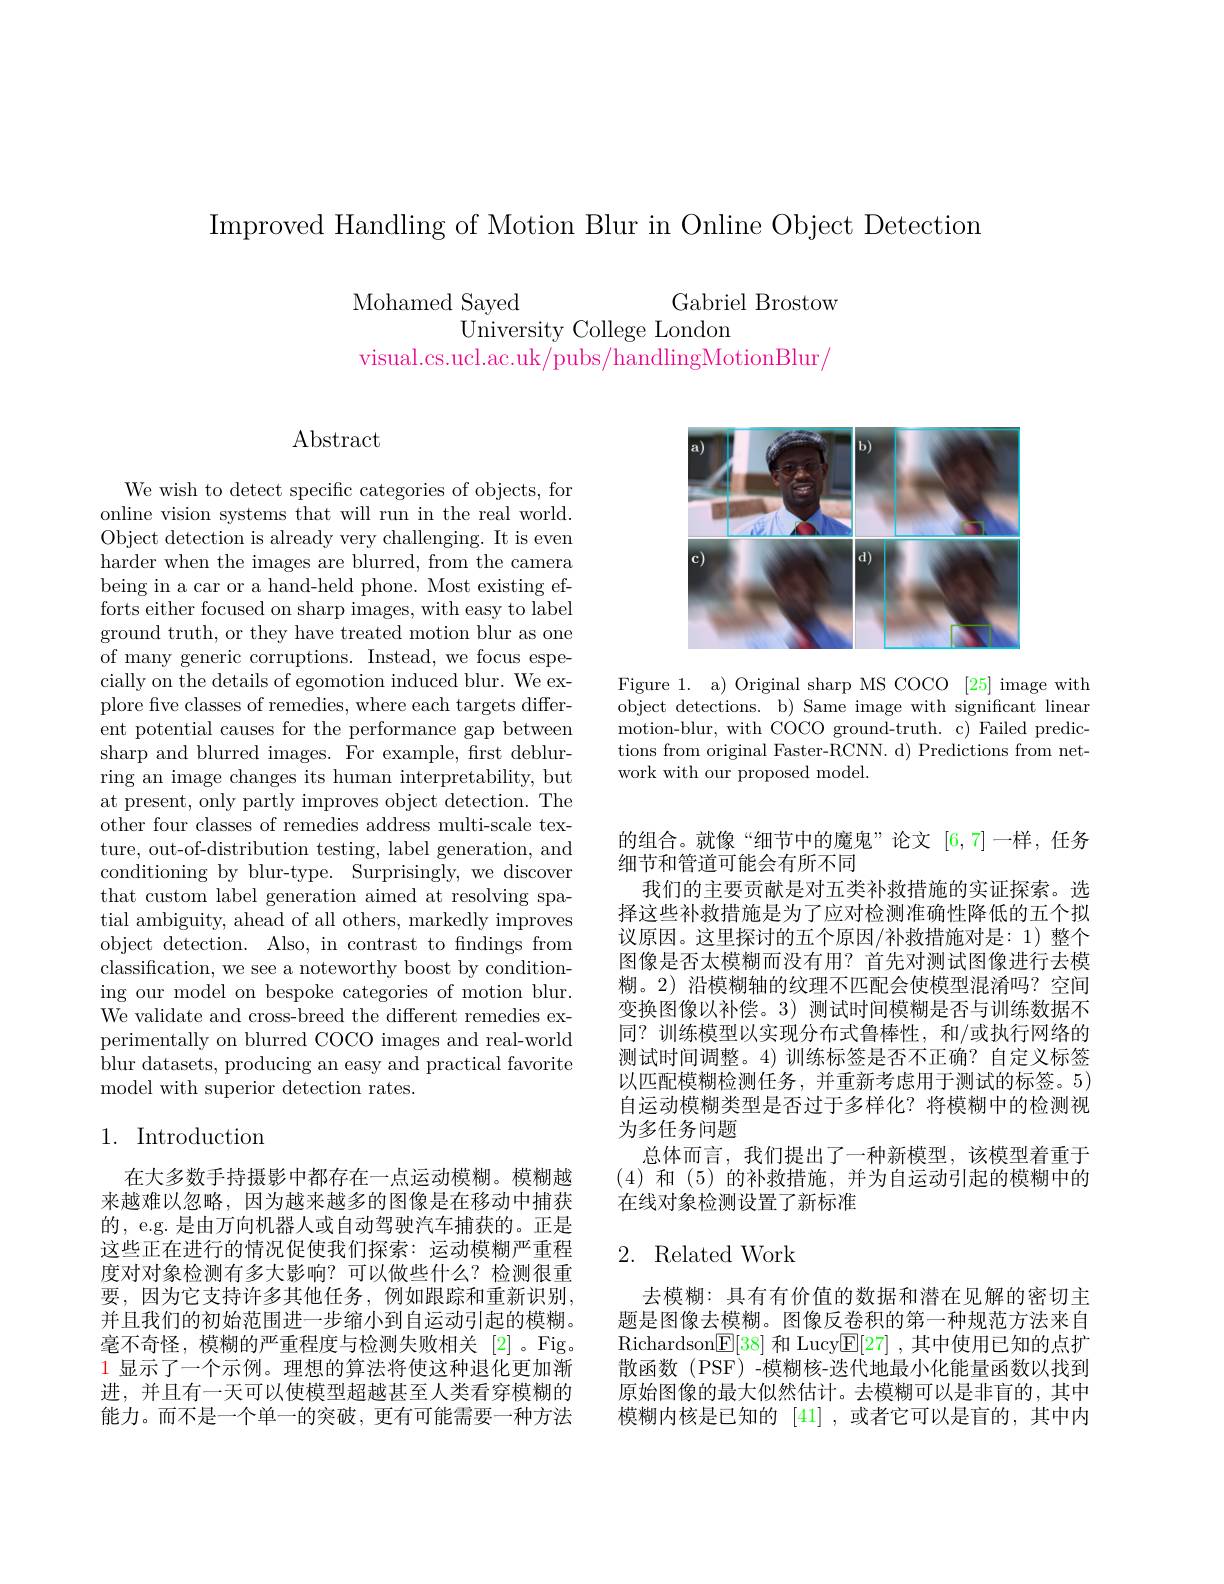
Improved Handling of Motion Blur in Online Object Detection

Mohamed Sayed
Gabriel Brostow
University College London
visual.cs.ucl.ac.uk/pubs/handlingMotionBlur,

$\operatorname{Abstract}$

We wish to detect specific categories of objects, for online vision systems that will run in the real world. Object detection is already very challenging. It is even harder when the images are blurred, from the camera being in a car or a hand-held phone. Most existing efforts either focused on sharp images, with easy to label ground truth, or they have treated motion blur as one of many generic corruptions. Instead, we focus especially on the details of egomotion induced blur. We explore five classes of remedies, where each targets different potential causes for the performance gap between sharp and blurred images. For example, frst deblurring an image changes its human interpretability, but at present, only partly improves object detection. The other four classes of remedies address multi-scale texture, out-of-distribution testing, label generation, and conditioning by blur-type. Surprisingly, we discover that custom label generation aimed at resolving spatial ambiguity, ahead of all others, markedly improves object detection. Also, in contrast to fndings from classification, we see a noteworthy boost by conditioning our model on bespoke categories of motion blur. We validate and cross-breed the different remedies experimentally on blurred COCO images and real-world blur datasets, producing an easy and practical favorite model with superior detection rates.

## 1. Introduction

在大多数手持摄影中都存在一点运动模糊。模糊越来越难以忽略，因为越来越多的图像是在移动中捕获的，e.g. 是由万向机器人或自动驾驶汽车捕获的。正是这些正在进行的情况促使我们探索：运动模糊严重程度对对象检测有多大影响？可以做些什么？检测很重要，因为它支持许多其他任务，例如跟踪和重新识别， 并且我们的初始范围进一步缩小到自运动引起的模糊。毫不奇怪，模糊的严重程度与检测失败相关[2]。Fig。1显示了一个示例。理想的算法将使这种退化更加渐进，并且有一天可以使模型超越甚至人类看穿模糊的能力。而不是一个单一的突破，更有可能需要一种方法

<FigureHere>

Figure 1. a) Original sharp MS COCO [25] image with object detections. b) Same image with significant linear motion-blur, with COCO ground-truth. c) Failed predictions from original Faster-RCNN. d) Predictions from network with our proposed model.

的组合。就像“细节中的魔鬼”论文 [6,7]一样，任务
细节和管道可能会有所不同
我们的主要贡献是对五类补救措施的实证探索。选择这些补救措施是为了应对检测准确性降低的五个拟议原因。这里探讨的五个原因/补救措施对是：1)整个图像是否太模糊而没有用？首先对测试图像进行去模糊。2) 沿模糊轴的纹理不匹配会使模型混淆吗？空间变换图像以补偿。3) 测试时间模糊是否与训练数据不同？训练模型以实现分布式鲁棒性，和/或执行网络的测试时间调整。4)训练标签是否不正确？自定义标签以匹配模糊检测任务，并重新考虑用于测试的标签。5) 自运动模糊类型是否过于多样化？将模糊中的检测视为多任务问题
总体而言，我们提出了一种新模型，该模型着重于(4)和(5)的补救措施，并为自运动引起的模糊中的在线对象检测设置了新标准

## 2. Related Work

去模糊：具有有价值的数据和潜在见解的密切主题是图像去模糊。图像反卷积的第一种规范方法来自$\operatorname{Richardson}[\operatorname{E}[38]$和 Lucy$\mathbb{E}[27]$ ,其中使用已知的点扩散函数(PSF)-模糊核-迭代地最小化能量函数以找到原始图像的最大似然估计。去模糊可以是非盲的，其中模糊内核是已知的[41] ,或者它可以是盲的，其中内